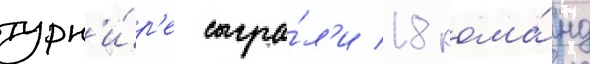
турн'и́р'е сыгра́л'и 18 кома́нд